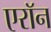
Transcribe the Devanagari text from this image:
एराॅन